Report on horse surra - Volume I
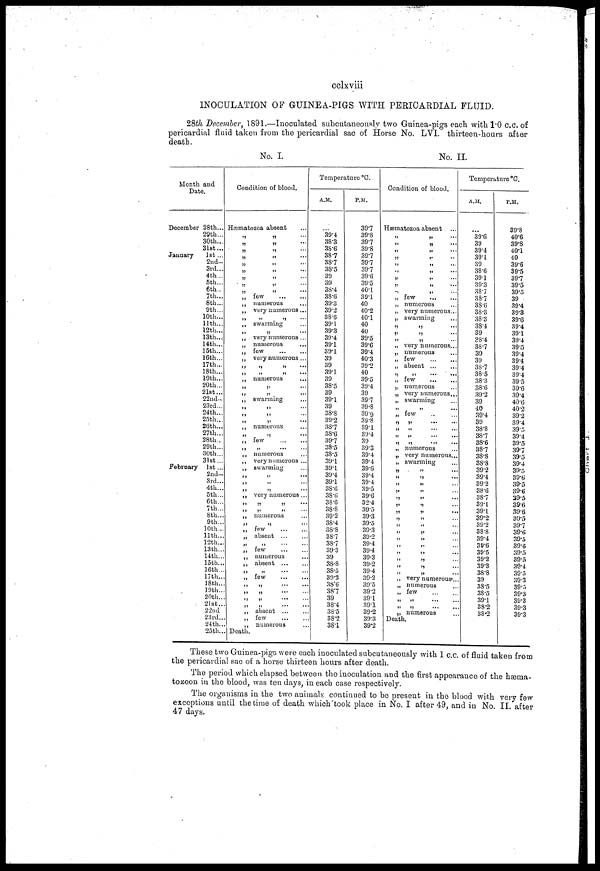
cclxviii
INOCULATION OF GUINEA-PIGS WITH PERICARDIAL FLUID.
28th December, 1891.—Inoculated subcutaneously two Guinea-pigs each with 1.0 c.c. of
pericardial fluid taken from the pericardial sac of Horse No. LVI. thirteen-hours after
death.
No. I.
No. II.
Month and
Date.
December 28th...
29th...
30th...
31st...
January
1st ...
2nd...
3rd...
4th...
5th...
6th..
7th...
8th...
9th...
10th...
11th...
12th...
13th...
14th...
15th...
16th...
17th...
18th...
19th...
20th...
21st...
22nd.
23rd...
24th...
25th...
26th...
27th...
28th..
29th...
30th...
31st...
February 1st...
2nd..
3rd...
4th...
5th...
6th...
7th...
8th..
9th..
10th..
11th..
12th..
13th..
14th..
15th..
16th..
17th..
18th..
19th..
20th..
21st..
22nd
23rd..
24th.
25th.
Condition of blood.
Hæmatozoa absent
„ „
„ „ ...
„ „
„
„
„ „ ...
„
„ „ ...
„ „
„ few
„ numerous
„ very numerous ...
„ „ ...
„ swarming
„ „
„ very numerous ...
„ numerous
„ few
„ very numerous ...
„ „ „
„ „ „ ...
„ numerous
„ „
„ „
„ swarming
„ „
„ „
„ „ ....
„ numerous
„
„
...
„ „
„ numerous
„ very numerous ...
„ swarming
„
„
...
„ „
„ „
„ very numerous ...
„
55 „
„ „ ...
„ numerous
„ „
., few
„ absent ...
„ „
„
few
„ numerous
„ absent
„ „ ....
„ few
„ „ ...
„ „ ...
„ „ ...
„ absent ...
„ few
„ numerous
„ Death.
Temperature °C.
A.M.
39.4
38.3
38.6
38.7
38.7
38.5
39
39
38.4
38.6
30.3
39.2
38.6
39.1
39.3
39.4
39.1
39.1
39
39
39.1
39
38.5
39
39.1
39
38.8
39.2
33.7
38.6
39.7
38.5
38.5
39.1
39.1
39.4
39.1
38.6
38.6
38.6
38.8
39.2
38.4
38.8
38.7
38.7
39.3
39
38.8
38.5
39.2
38.6
38.7
39
38.4
38.5
38.2
38.1
P.M.
39.7
39.8
39.7
39.8
39.7
39.7
39.7
39.6
39.5
40.1
39.1
40
40.2
40.1
40
40
39.5
39.6
39.4
40.3
39.2
40
39.5
39.4
39
39.7
39.8
39.9
39.8
39.1
39.4
39
39.3
39.4
39.4
39.0
39.4
39.4
39.5
39.6
32.4
39.5
39.3
39.5
39.3
39.2
39.4
39.4
39.3
39.2
39.4
39.2
39.5
39.2
39.1
39.1
39.2
39.3
39.2
Condition of blood.
Hæmatozoa absent
„ „
„ „
„ „ „
„ „
„ „ ...
„ „ ...
„
„
.
„ „
„ „
„ few
„ numerous
„ very numerous...
„ swarming
„ „
„ „
„ „
„ very numerous...
„ numerous
„ few
„ absent
„
„
...
...
„ few
„ numerous
„ very numerous...
„ swarming
„ „
„ few
„ „
„
„
...
...
„ „
„ „
...
„ numerous
„ very numerous...
„ swarming
„ „
„ „ ...
„ „
„ „
„ „
„ „
„ „
„ „
„ „
„ „
„
„ „
„ „
„ „
„ „
„ „
„ very numerous...
„ numerous
„ few
„ „ ...
„
„
...
..
„ numerous
Death.
Temperature °C.
A.M.
39.6
39
39.4
39.1
39
38.6
39.1
39.3
387
38.7
38.6
38.3
38.3
38.4
39
38.4
38.7
39
39
38.7
38.5
38.3
38.6
39.2
39
40
39.4
39
38.8
387
38.6
38.7
38.8
38.8
39.2
39.4
39.2
38.6
38.7
39.1
39.1
39.2
39.2
38.8
39.4
39.6
39.5
39.2
39.3
38.8
39
38.5
38.5
39.1
38.2
38.2
P.M.
39.8
40.6
39.8
40.1
40
39.6
39.5
39.7
39.5
39.5
39
39.4
39.3
39.6
39.4
39.1
39.4
39.5
39.4
39.4
39.4
39.4
39 5
39.6
39.4
40.6
40.2
39.2
39.4
39.5
39.4
39.5
39.7
39.5
39.4
39.5
39.6
39.5
39.6
39.5
39.6
39.6
39.5
39.7
39.6
39.5
39.6
39.5
39.5
39.4
39.5
39.3
39.5
39.3
39.3
39.3
39.3
These two Guinea-pigs were each inoculated subcutaneously with 1 c.c. of fluid taken from
the pericardial sac of a horse thirteen hours after death.
The period which elapsed between the inoculation and the first appearance of the hæma-
tozoon in the blood, was ten days, in each case respectively.
The organisms in the two animals continued to be present in the blood with very few
exceptions until the time of death which took place in No. I after 49, and in No. II. after
47 days.